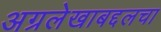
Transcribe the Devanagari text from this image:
अग्रलेखाबद्दलचा